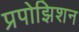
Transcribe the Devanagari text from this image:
प्रपोझिशन